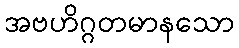
အဗဟိဂ္ဂတမာနသော